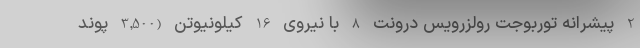
2 پیشرانه توربوجت رولزرویس درونت 8 با نیروی 16 کیلونیوتن (3,500 پوند